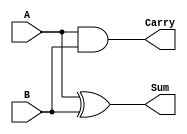
module HalfAdder (
    input wire A,    // First input bit
    input wire B,    // Second input bit
    output wire Sum, // Sum output
    output wire Carry // Carry output
);

// Sum calculation using XOR gate
assign Sum = A ^ B;

// Carry calculation using AND gate
assign Carry = A & B;

endmodule